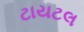
ટાયટલ